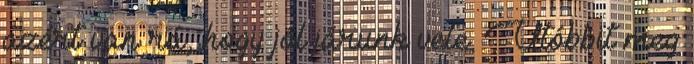
azért van rá, hogy jól járunk vele. Utóbbit meg